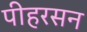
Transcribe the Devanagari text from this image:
पीहरसन